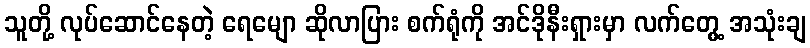
သူတို့ လုပ်ဆောင်နေတဲ့ ရေမျော ဆိုလာပြား စက်ရုံကို အင်ဒိုနီးရှားမှာ လက်တွေ့ အသုံးချ